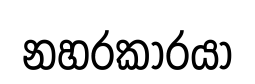
නහරකාරයා